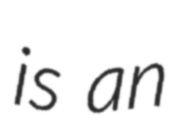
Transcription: is an